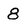
Character: 8